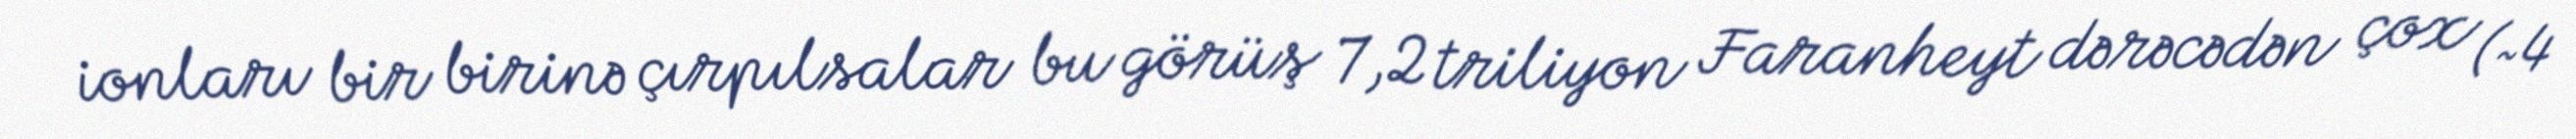
ionları bir birinə çırpılsalar bu görüş 7,2 triliyon Faranheyt dərəcədən çox (~4